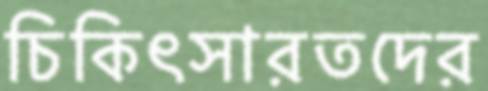
চিকিৎসারতদের